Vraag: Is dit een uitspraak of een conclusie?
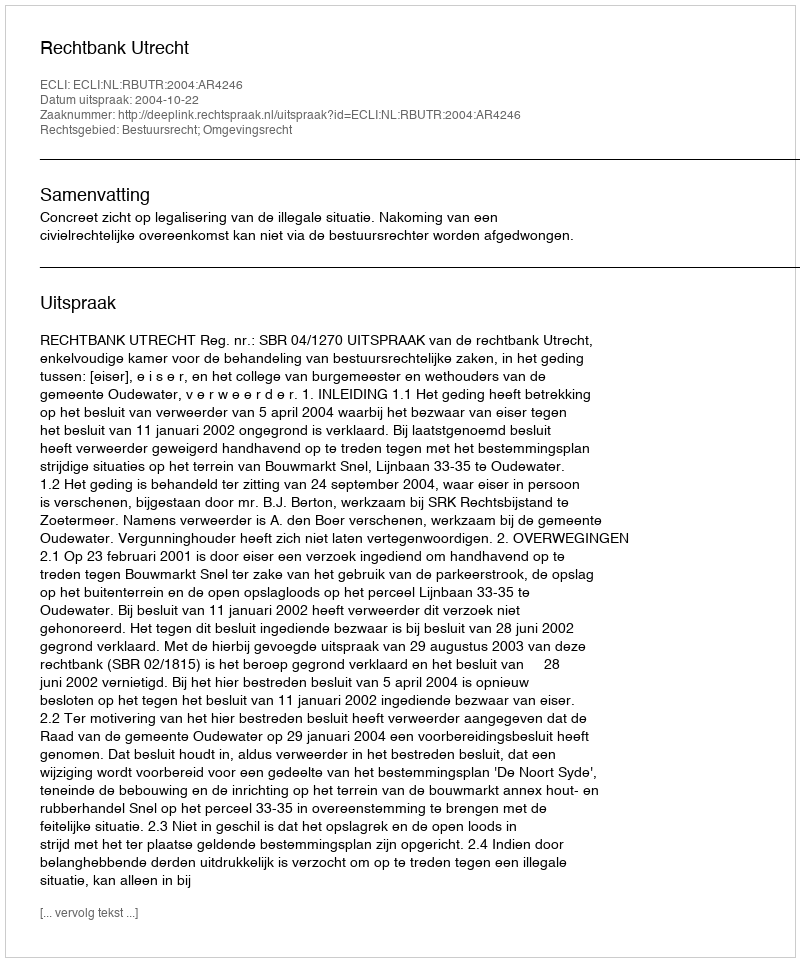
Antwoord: Uitspraak